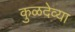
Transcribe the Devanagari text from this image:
कुळदेव्या